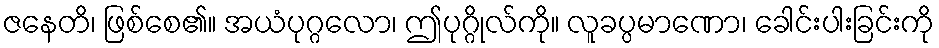
ဇနေတိ၊ ဖြစ်စေ၏။ အယံပုဂ္ဂလော၊ ဤပုဂ္ဂိုလ်ကို။ လူခပ္ပမာဏော၊ ခေါင်းပါးခြင်းကို